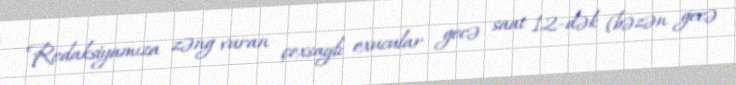
Redaksiyamıza zəng vuran çoxsaylı oxucular gecə saat 12-dək (bəzən gecə